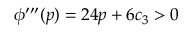
\phi ^ { \prime \prime \prime } ( p ) = 2 4 p + 6 c _ { 3 } > 0